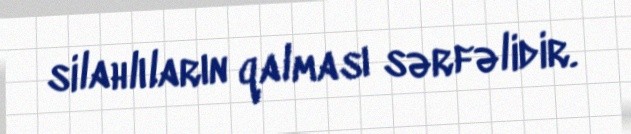
silahlıların qalması sərfəlidir.